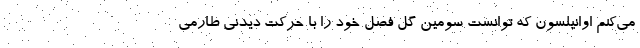
می‌کنم اوانیلسون که توانست سومین گل فصل خود را با حرکت دیدنی طارمی